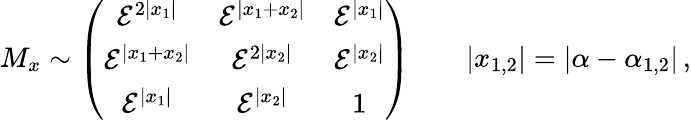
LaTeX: M_{x}\sim\left(\begin{array}{ccc}{{{\cal E}^{2|x_{1}|}}}&{{{\cal E}^{|x_{1}+x_{2}|}}}&{{{\cal E}^{|x_{1}|}}}\\ {{{\cal E}^{|x_{1}+x_{2}|}}}&{{{\cal E}^{2|x_{2}|}}}&{{{\cal E}^{|x_{2}|}}}\\ {{{\cal E}^{|x_{1}|}}}&{{{\cal E}^{|x_{2}|}}}&{{1}}\end{array}\right)\qquad|x_{1,2}|=|\alpha-\alpha_{1,2}|\, ,